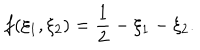
LaTeX: f ( \xi _ { 1 } , \xi _ { 2 } ) = \frac { 1 } { 2 } - \xi _ { 1 } - \xi _ { 2 } .